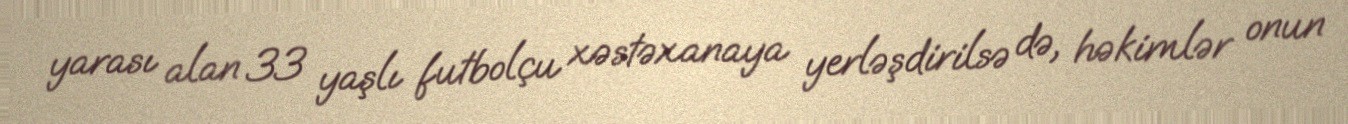
yarası alan 33 yaşlı futbolçu xəstəxanaya yerləşdirilsə də, həkimlər onun